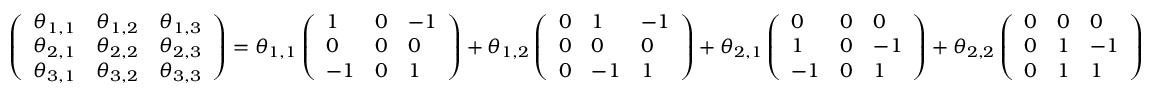
\left( \begin{array} { l l l } { \theta _ { 1 , 1 } } & { \theta _ { 1 , 2 } } & { \theta _ { 1 , 3 } } \\ { \theta _ { 2 , 1 } } & { \theta _ { 2 , 2 } } & { \theta _ { 2 , 3 } } \\ { \theta _ { 3 , 1 } } & { \theta _ { 3 , 2 } } & { \theta _ { 3 , 3 } } \end{array} \right) = \theta _ { 1 , 1 } \left( \begin{array} { l l l } { 1 } & { 0 } & { - 1 } \\ { 0 } & { 0 } & { 0 } \\ { - 1 } & { 0 } & { 1 } \end{array} \right) + \theta _ { 1 , 2 } \left( \begin{array} { l l l } { 0 } & { 1 } & { - 1 } \\ { 0 } & { 0 } & { 0 } \\ { 0 } & { - 1 } & { 1 } \end{array} \right) + \theta _ { 2 , 1 } \left( \begin{array} { l l l } { 0 } & { 0 } & { 0 } \\ { 1 } & { 0 } & { - 1 } \\ { - 1 } & { 0 } & { 1 } \end{array} \right) + \theta _ { 2 , 2 } \left( \begin{array} { l l l } { 0 } & { 0 } & { 0 } \\ { 0 } & { 1 } & { - 1 } \\ { 0 } & { 1 } & { 1 } \end{array} \right)